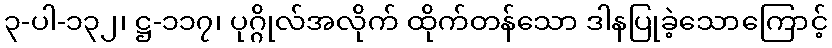
၃-ပါ-၁၃၂၊ ဋ္ဌ-၁၁၇၊ ပုဂ္ဂိုလ်အလိုက် ထိုက်တန်သော ဒါနပြုခဲ့သောကြောင့်